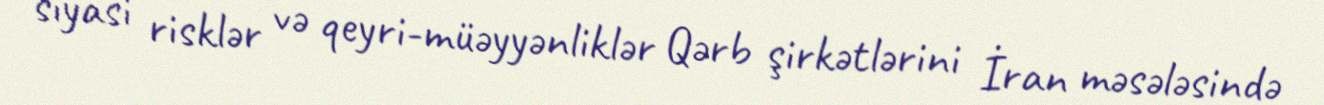
siyasi risklər və qeyri-müəyyənliklər Qərb şirkətlərini İran məsələsində